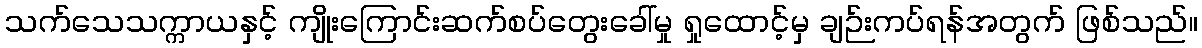
သက်သေသက္ကာယနှင့် ကျိုးကြောင်းဆက်စပ်တွေးခေါ်မှု ရှုထောင့်မှ ချဉ်းကပ်ရန်အတွက် ဖြစ်သည်။